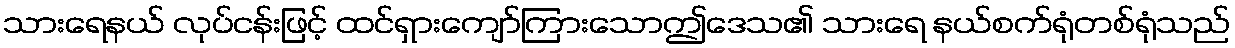
သားရေနယ် လုပ်ငန်းဖြင့် ထင်ရှားကျော်ကြားသောဤဒေသ၏ သားရေ နယ်စက်ရုံတစ်ရုံသည်